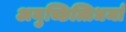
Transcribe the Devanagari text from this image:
अनुच्छित्तिधर्मा